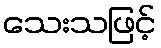
သေးသဖြင့်